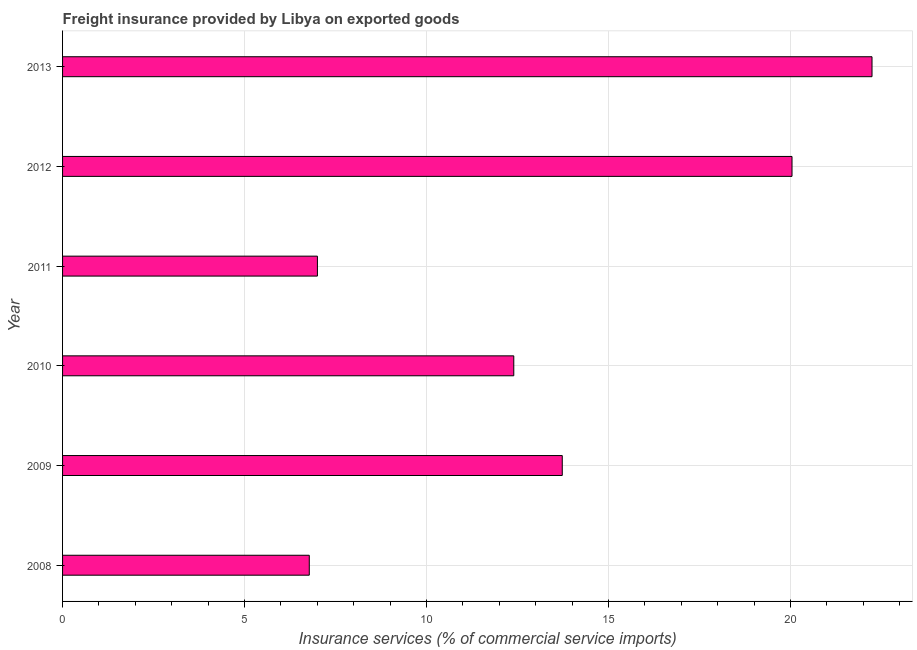
| Year | Insurance and financial services |
 | --- | --- |
 | 2008 | 6.78 |
 | 2009 | 13.7 |
 | 2010 | 12.4 |
 | 2011 | 7 |
 | 2012 | 20 |
 | 2013 | 22.2 |